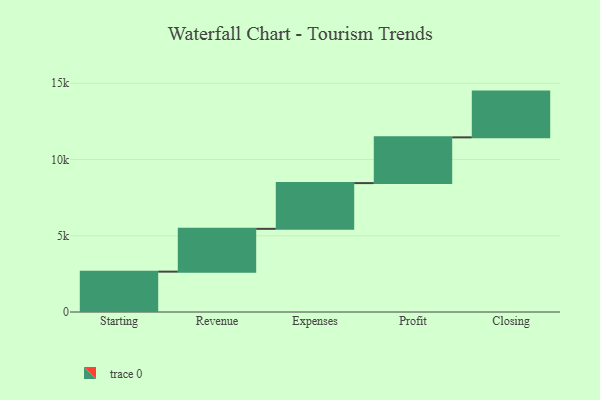
{"axis": {"x": "Step", "y": "Value"}, "legend": [""], "data": [{"x": "Starting", "y": 2646.0, "type": ""}, {"x": "Revenue", "y": 2807.0, "type": ""}, {"x": "Expenses", "y": 3000, "type": ""}, {"x": "Profit", "y": 3000, "type": ""}, {"x": "Closing", "y": 3000, "type": ""}]}